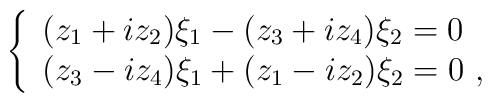
\left\{\begin{array}{l}(z_1+iz_2)\xi_1 - (z_3+iz_4)\xi_2 = 0\\(z_3-iz_4)\xi_1 + (z_1-iz_2)\xi_2 = 0~,\end{array}\right.